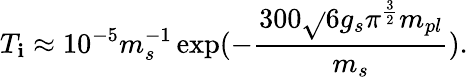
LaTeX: T_{\mathbf{i}}\approx10^{-5}m_{s}^{-1}\exp(-\frac{{300\sqrt{}{{6g_{s}}}\pi^{\frac{{3}}{{2}}}m_{pl}}}{{m_{s}}}).